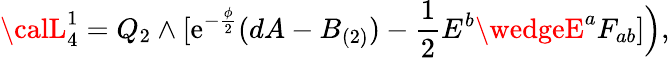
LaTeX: {\calL}_{4}^{1}=Q_{2}\wedge[\mathrm{e}^{-{\frac{{\phi}}{{2}}}}(dA-B_{(2)})-{\frac{{1}}{{2}}}E^{b}\wedgeE^{a}F_{ab}]\Big),